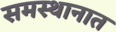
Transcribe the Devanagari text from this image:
समस्थानात